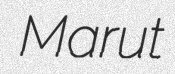
Marut